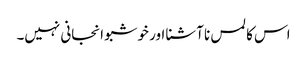
اس کا لمس نا آشنا اور خوشبو انجانی نہیں۔